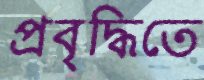
প্রবৃদ্ধিতে